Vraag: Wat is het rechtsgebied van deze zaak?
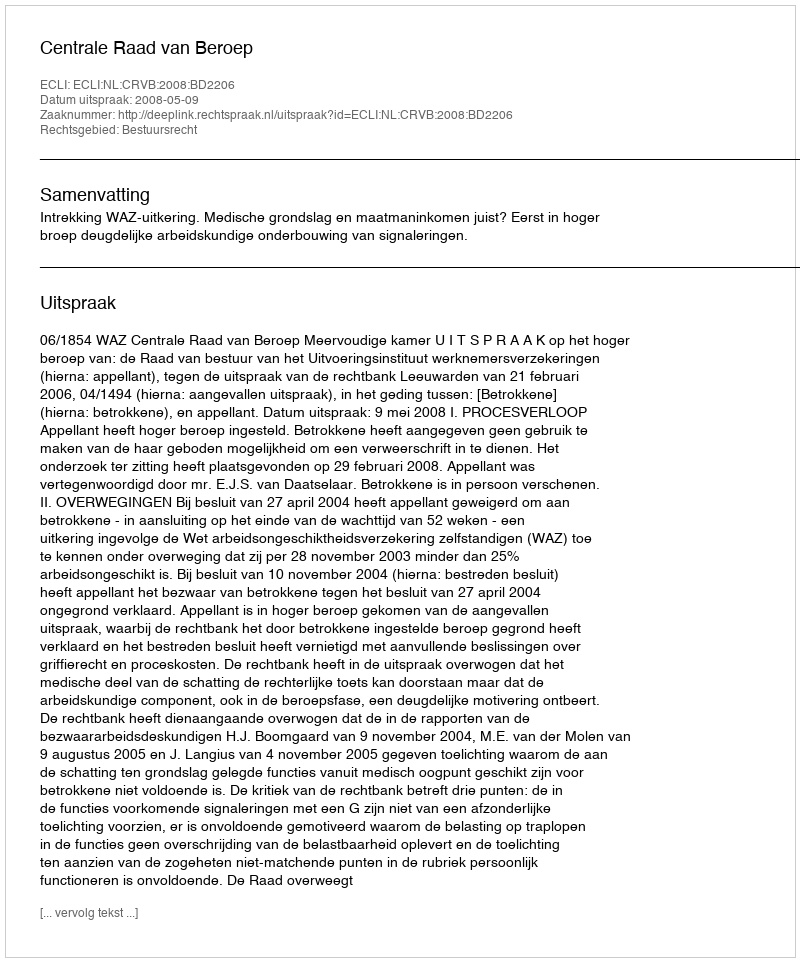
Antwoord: Bestuursrecht